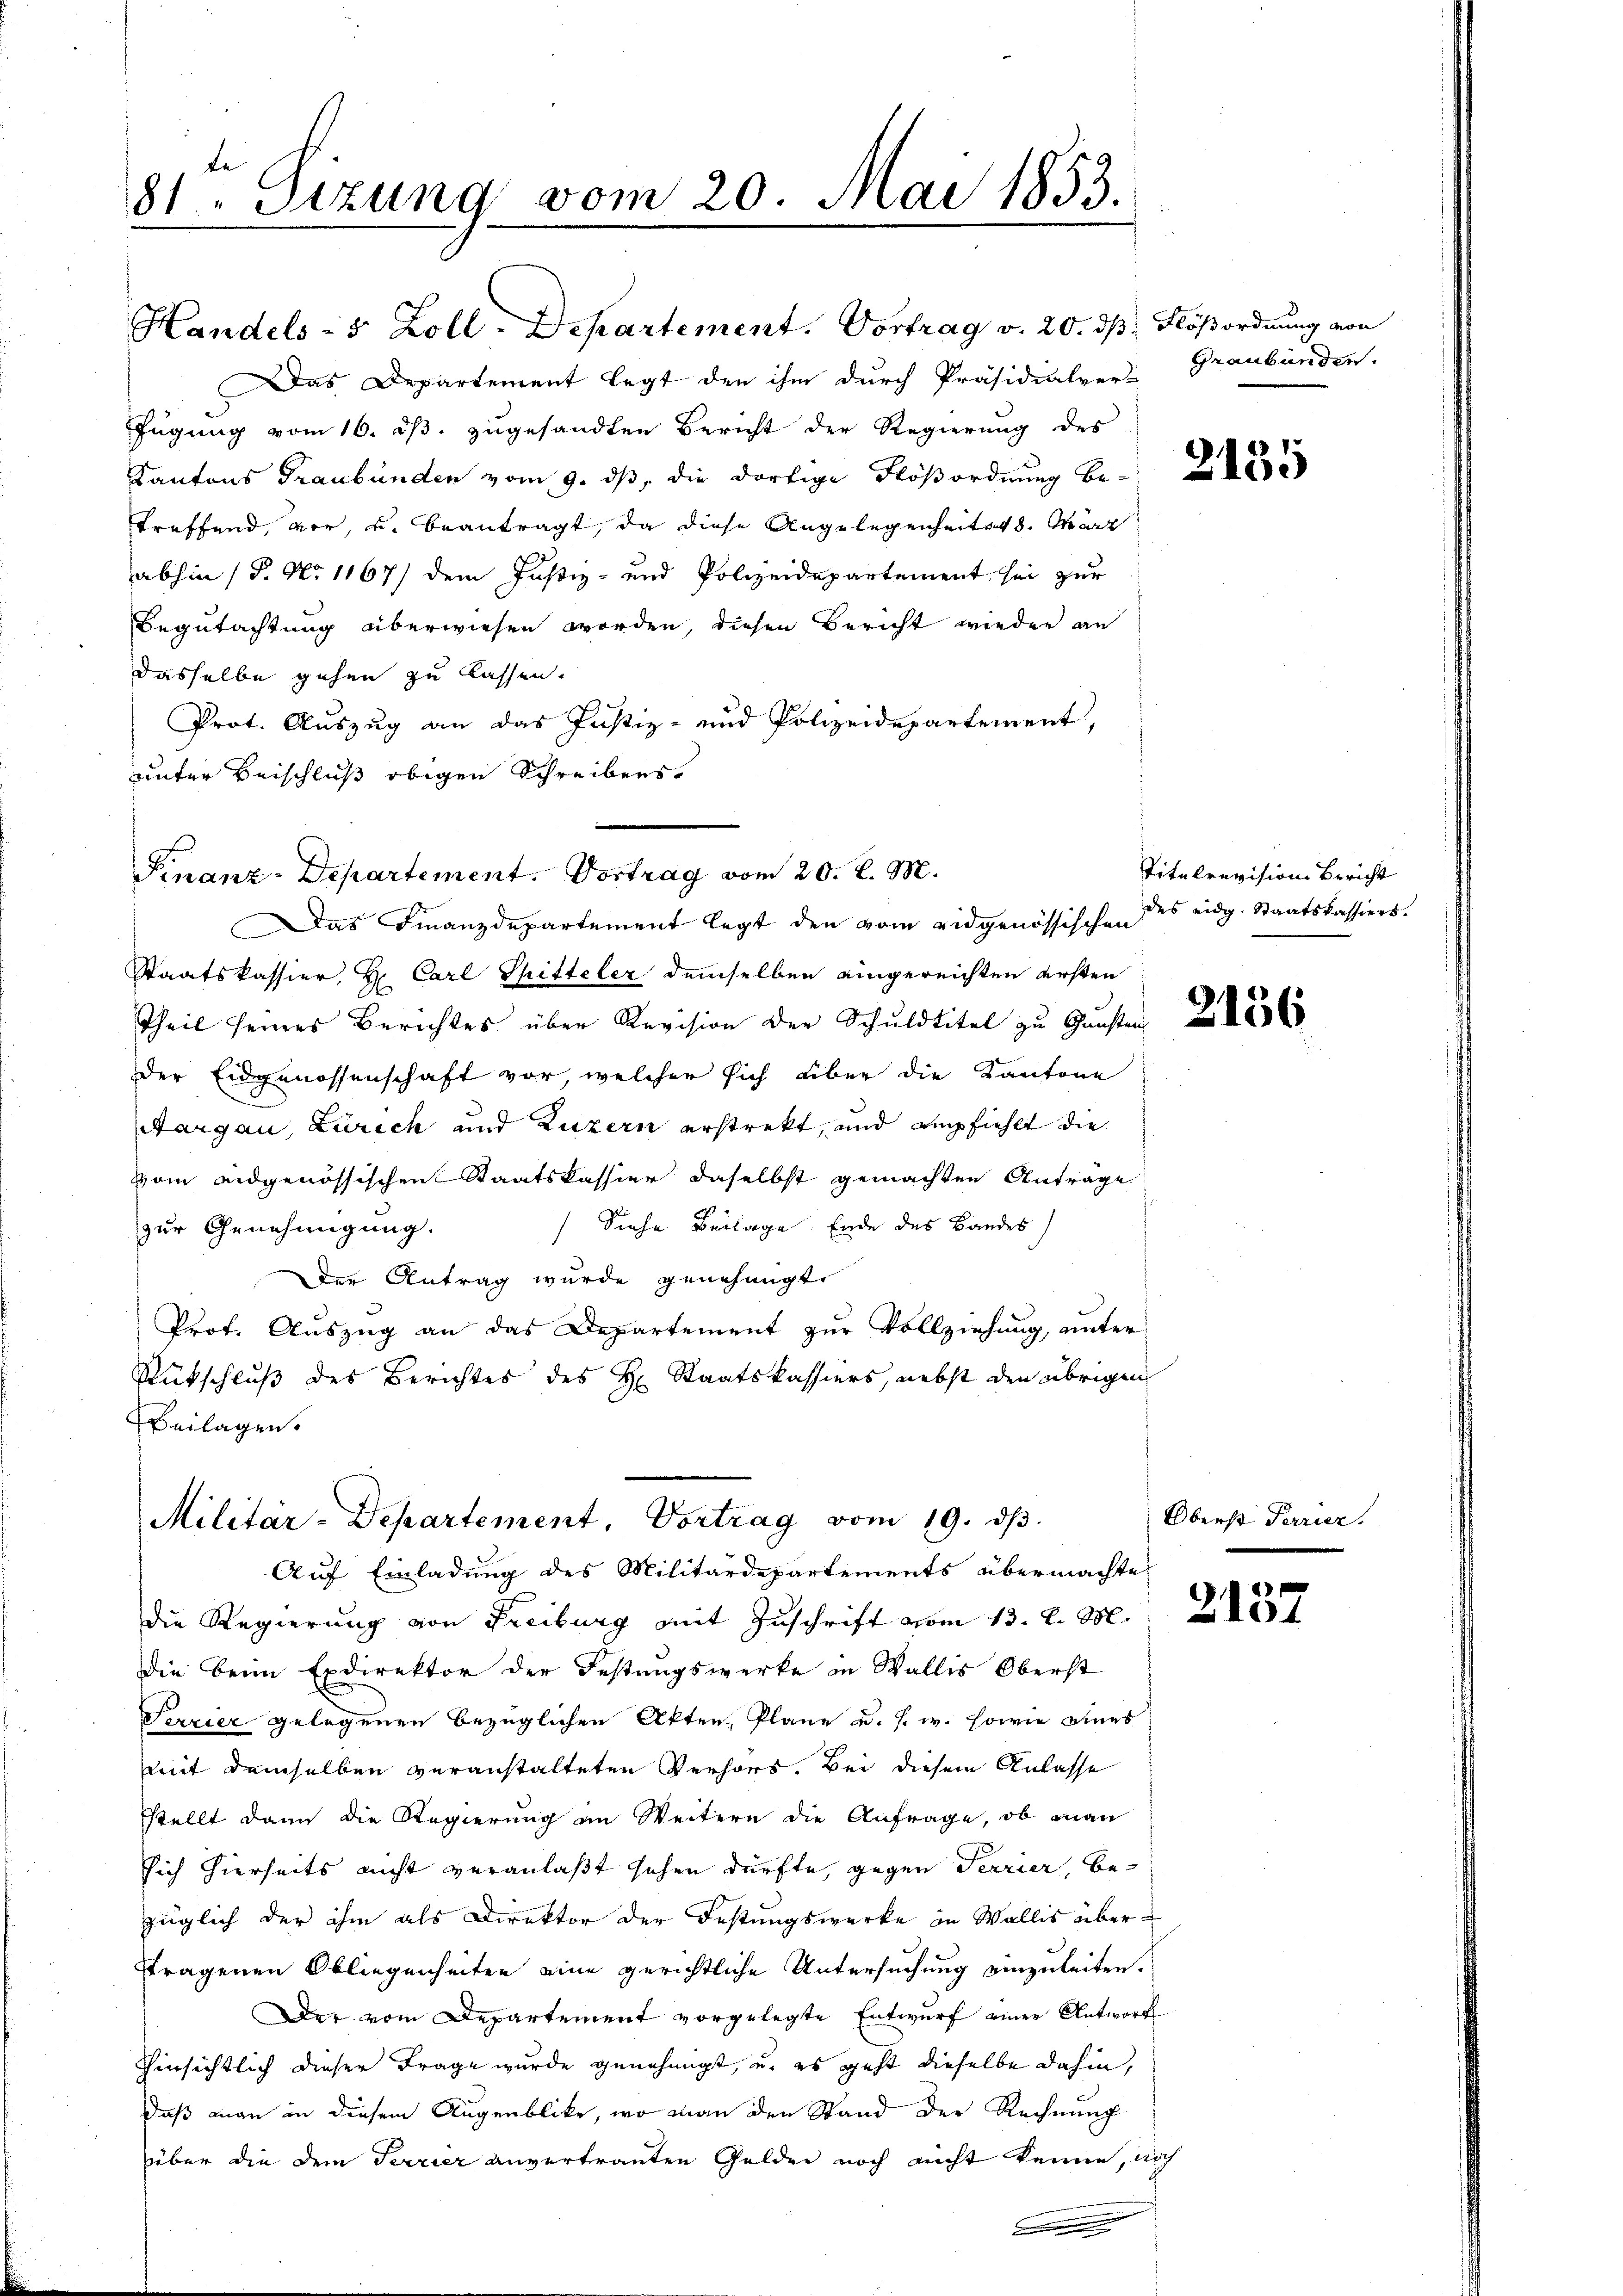
81. Sizung vom 20. Mai 1853.

Handels- 5 Zoll-Departement. Vortrag v. 20. ds Flößordnung von
Das Departement legt den ihm durch Präsidialver-Graubünden.
fügung vom 16. ds. zugesandten Bericht der Regierung des
Kantons Graubünden vom 9. ds, die dortige Flößordnung be-
treffend, vor, u. beantragt, da diese Angelegenheits 18. Mart
abhin (P. Nr. 1167/ dem Justiz- und Polizeidepartement sei zur
Begutachtung überwiesen worden, diesen Bericht wieder an
dasselbe gehen zu lassen.
Prot. Auszug an das Justiz- und Polizeidepartement,
unter Beischluß obigen Schreibens
Finanz-Departement. Vortrag vom 20. d. M.
Das Finanzdepartement legt den vom eidgenössischen des eidg. Staatskassiers.
Staatskassier, H. Carl Spitteler demselben eingereichten ersten
Theil seines Berichtes über Revision der Schuldtitel zu Gunsten
Der Eidgenossenschaft vor, welcher sich über die Kantone
Aargau, Zürich und Luzern erstrekt, und empfiehlt die
vom eidgenössischen Staatskassier daselbst gemachten Antrage
5
Siehe Beilage Ende des Bandes
zur Genehmigung.
der Antrag wurde genehmigt.
Prof. Auszug an das Departement zur Vollziehung, unter
Rückschluß des Berichtes des H. Staatskassiers, nebst den übrigen
Beilagen.

Militar-Departement, Vortrag vom 19. dβ.

Auf Einladung des Militärdepartements übermachte
die Regierung von Freiburg mit Zuschrift vom 13. d. M.
Die beim Exdirektor der Festungswerke in Wallis Oberst
Terrier gelegenen bezüglichen Akten, Plane u. s. w. sowie eines
mit demselben veranstalteten Verhörs. Bei diesem Anlasse
stellt dann die Regierung in Weitern die Anfrage, ob man
sich hierseits nicht veranlaßt sehen dürfte, gegen Terrier, bezüglich der ihm als Direktor der Festungswerke in Wallis überftragenen Obliegenheiten eine gerichtliche Untersuchung einzuleiten.
Der vom Departement vorgelegte Entwurf einer Antwort
Hinsichtlich dieser Frage wurde genehmigt, u. es geht dieselbe dahin,
daß man in diesem Augenblicke, wo man den Stand der Rechnung
über die dem Terrier anvertrauten Gelder noch nicht kenne, noch
.

2135

Titulrevision Bericht

2156

Oberst Terrier